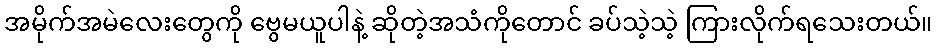
အမိုက်အမဲလေးတွေကို ဗွေမယူပါနဲ့ ဆိုတဲ့အသံကိုတောင် ခပ်သဲ့သဲ့ ကြားလိုက်ရသေးတယ်။